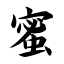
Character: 蜜